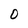
Character: 0